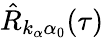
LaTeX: \hat{R}_{k_{\alpha}\alpha_{0}}(\tau)